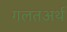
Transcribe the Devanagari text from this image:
गलतअर्थ